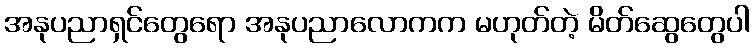
အနုပညာရှင်တွေရော အနုပညာလောကက မဟုတ်တဲ့ မိတ်ဆွေတွေပါ